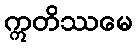
ဣတိဿမေ